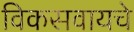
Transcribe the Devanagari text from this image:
विकसवायचे